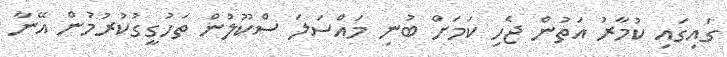
ގައިގައި ކުމާރު އަތުން ޖެހި ކަމަށް ބުނި މައްސަލަ ސްކޫލުން ތަހުގީގުކުރުމުން އޭނާ